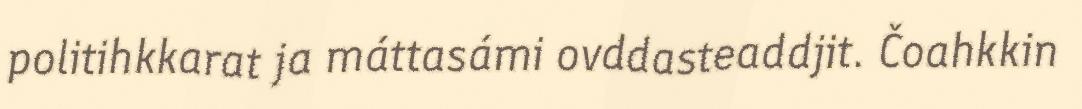
politihkkarat ja máttasámi ovddasteaddjit. Čoahkkin